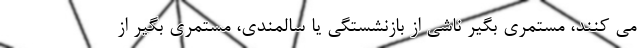
می کنند، مستمری بگیر ناشی از بازنشستگی یا سالمندی، مستمری بگیر از